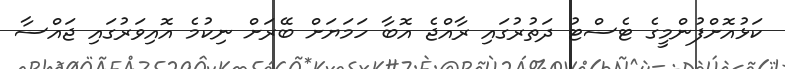
ކަޅުއޮށްފުންމީގެ ޓެސްޓު ދަތުރުގައި ރާއްޖެ އޮބާ ހަމަޔަށް ބޭރަށް ނިކުމެ އޮއިވަރުގައި ޖައްސާ